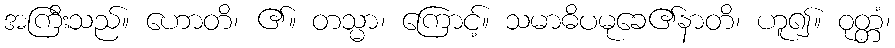
အကြီးသည်။ ဟောတိ၊ ၏။ တသ္မာ၊ ကြောင့်။ သမာဓိပမုခေ၏နာတိ၊ ဟူ၍။ ဝုတ္တံ၊